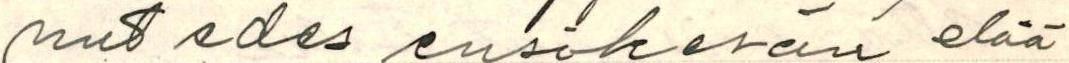
nut edes ensikesän elää